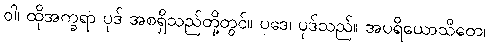
ဝါ၊ ထိုအက္ခရာ ပုဒ် အစရှိသည်တို့တွင်။ ပဒေ၊ ပုဒ်သည်။ အပရိယောသိတေ၊